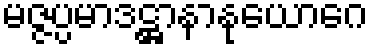
မဇ္ဇပ္ပမာဒဋ္ဌာနာနုယောဂေ